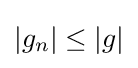
{\textstyle \left\vert g_{n}\right\vert \leq \left\vert g\right\vert }